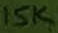
Text: 15K